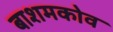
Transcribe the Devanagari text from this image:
बाशमकोव